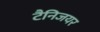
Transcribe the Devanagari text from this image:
टैनिजयर